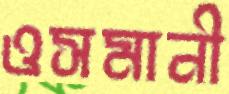
ওসমানী